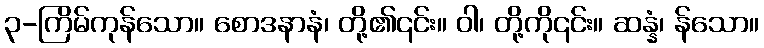
၃-ကြိမ်ကုန်သော။ စောဒနာနံ၊ တို့၏၎င်း။ ဝါ၊ တို့ကို၎င်း။ ဆန္နံ၊ န်သော။